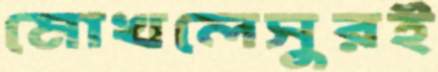
মোখলেসুরই